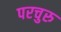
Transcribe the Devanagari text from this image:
परचुरु